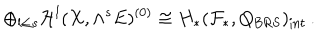
LaTeX: \oplus _ { l \le s } { \cal H } ^ { l } ( X , \wedge ^ { s } E ) ^ { ( 0 ) } \cong H _ { * } ( { \cal F } _ { * } , Q _ { \mathrm { B R S } } ) _ { \mathrm { i n t } } \, .